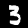
Digit: 3